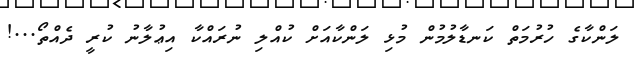
ލަންކާގެ ހުރުމަތް ކަނޑާލުމުން މުޅި ލަންކާއަށް ކުއްލި ނުރައްކާ އިޢުލާނު ކުރީ ދެއްތޯ...!